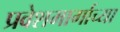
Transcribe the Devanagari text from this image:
प्रवेशमार्गाच्या